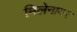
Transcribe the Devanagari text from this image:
मिलेनायर